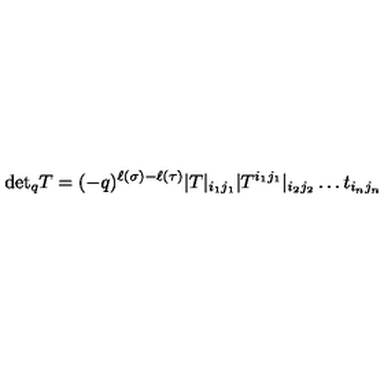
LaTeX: \mathrm { d e t } _ { q } T = ( - q ) ^ { \ell ( \sigma ) - \ell ( \tau ) } | T | _ { i _ { 1 } j _ { 1 } } | T ^ { i _ { 1 } j _ { 1 } } | _ { i _ { 2 } j _ { 2 } } \ldots t _ { i _ { n } j _ { n } }